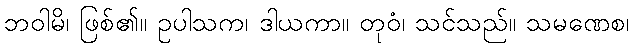
ဘဝါမိ၊ ဖြစ်၏။ ဥပါသက၊ ဒါယကာ။ တုဝံ၊ သင်သည်။ သမဏေစ၊